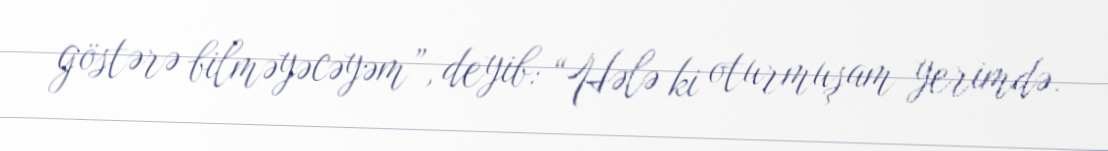
göstərə bilməyəcəyəm”, deyib: “Hələ ki oturmuşam yerimdə.